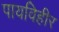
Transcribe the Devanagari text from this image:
पायविहीर